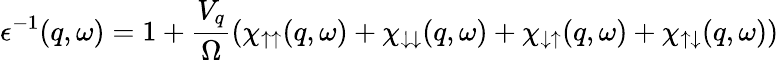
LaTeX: \epsilon^{-1}(q,\omega)=1+\frac{V_{q}}{\Omega}(\chi_{\uparrow\uparrow}(q,\omega)+\chi_{\downarrow\downarrow}(q,\omega)+\chi_{\downarrow\uparrow}(q,\omega)+\chi_{\uparrow\downarrow}(q,\omega))